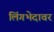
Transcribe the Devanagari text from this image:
लिंगभेदावर